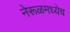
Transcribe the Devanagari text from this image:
नेरूळमध्येच